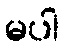
မပါ